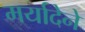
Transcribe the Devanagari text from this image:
मर्यादेने